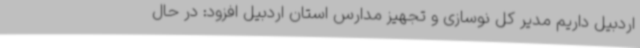
اردبیل داریم مدیر کل نوسازی و تجهیز مدارس استان اردبیل افزود: در حال